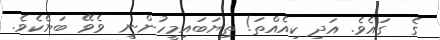
ގެ  ގައެވެ. އަދި ކިއެއްތަ! ތިޔަބައިމީހުންނީ  ވެވޭ ބަޔެކެވެ.